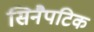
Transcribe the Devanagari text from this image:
सिनैपटिक